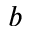
b